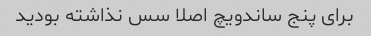
برای پنج ساندویچ اصلا سس نذاشته بودید